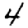
Digit: 4